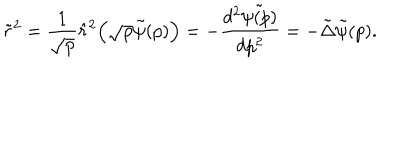
\tilde { r } ^ { 2 } = \frac { 1 } { \sqrt { p } } \hat { r } ^ { 2 } \Bigl ( \sqrt { p } \tilde { \psi } ( p ) \Bigr ) = - \frac { d ^ { 2 } \tilde { \psi ( p ) } } { d p ^ { 2 } } = - \tilde { \Delta } \tilde { \psi } ( p ) .